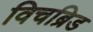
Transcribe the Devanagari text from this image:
विचब्रिड